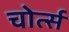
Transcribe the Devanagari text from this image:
चोर्त्स